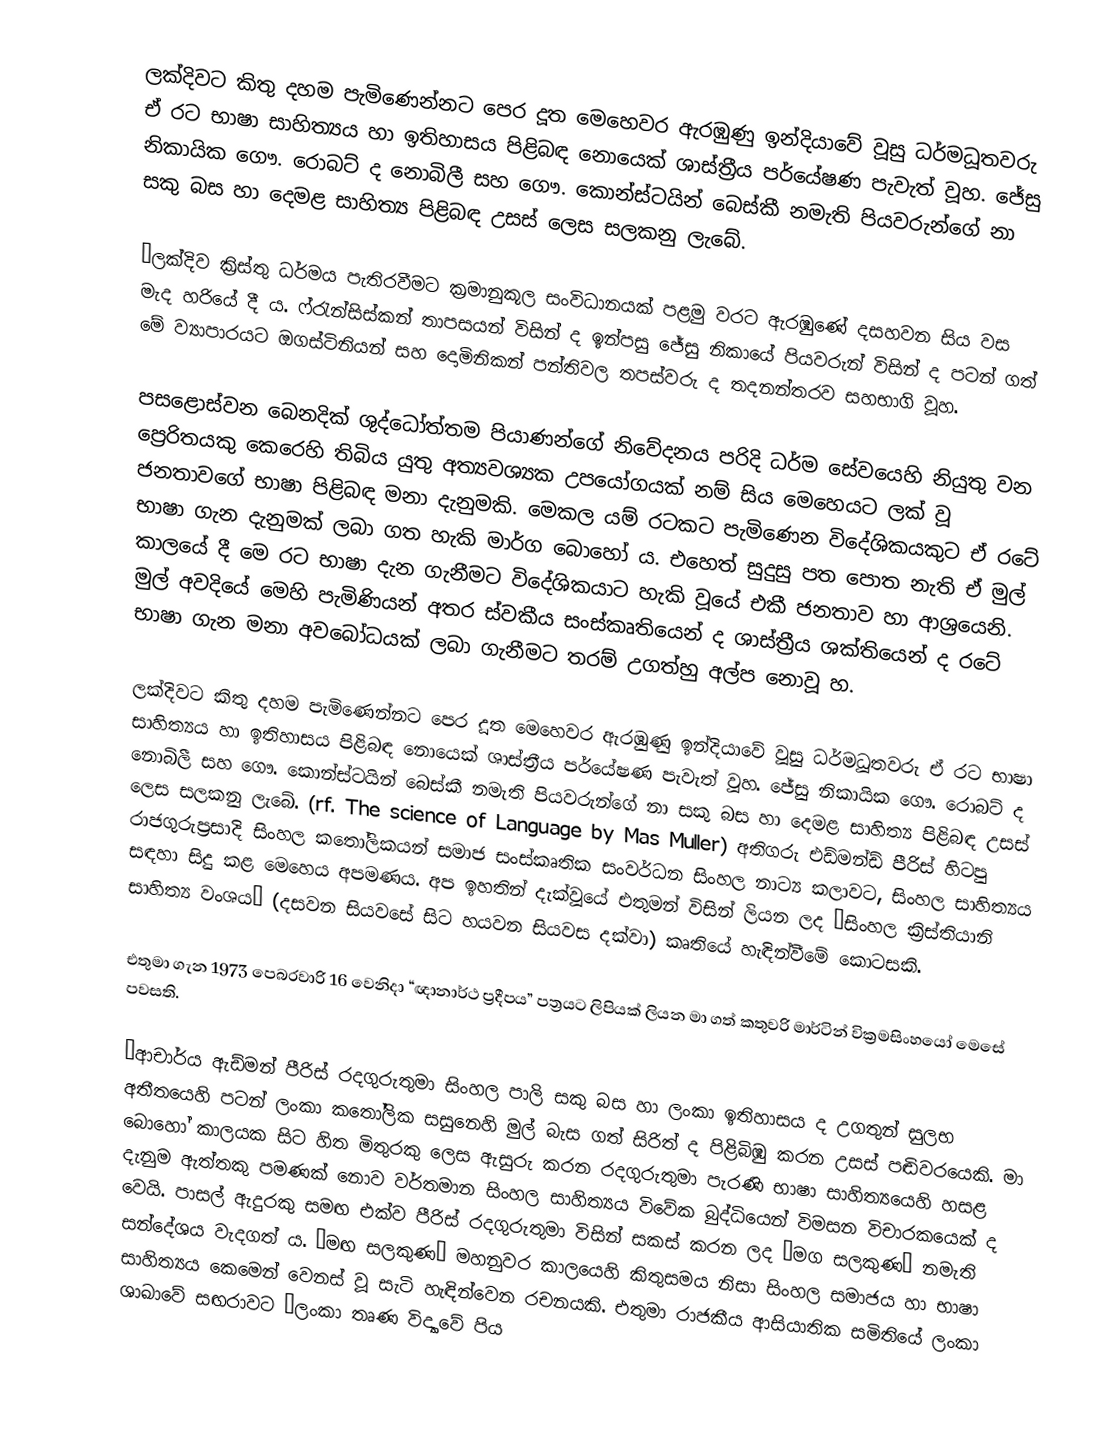
ලක්දිවට කිතු දහම පැමිණෙන්නට පෙර දූත මෙහෙවර ඇරඹුණු ඉන්දියාවේ වූසු ධර්මධූතවරු ඒ රට භාෂා සාහිත්‍යය හා ඉතිහාසය පිළිබඳ නොයෙක් ශාස්ත්‍රීය පර්යේෂණ පැවැත් වූහ. ජේසු නිකායික ගෞ. රොබට් ද නොබිලී සහ ගෞ. කොන්ස්ටයින් බෙස්කී නමැති පියවරුන්ගේ නා සකු බස හා දෙමළ සාහිත්‍ය පිළිබඳ උසස් ලෙස සලකනු ලැබේ.

“ලක්දිව ක්‍රිස්තු ධර්මය පැතිරවීමට ක්‍රමානුකූල සංවිධානයක් පළමු වරට ඇරඹුණේ දසහවන සිය වස මැද හරියේ දී ය. ෆ්රැන්සිස්කන් තාපසයන් විසින් ද ඉන්පසු ජේසු නිකායේ පියවරුන් විසින් ද පටන් ගත් මේ ව්‍යාපාරයට ඔගස්ටිනියන් සහ දොමිනිකන් පන්තිවල තපස්වරු ද තදනන්තරව සහභාගි වූහ.

පසළොස්වන බෙනදික් ශුද්ධෝත්තම පියාණන්ගේ නිවේදනය පරිදි ධර්ම සේවයෙහි නියුතු වන ප්‍රෙරිතයකු කෙරෙහි තිබිය යුතු අත්‍යවශ්‍යක උපයෝගයක් නම් සිය මෙහෙයට ලක් වූ ජනතාවගේ භාෂා පිළිබඳ මනා දැනුමකි. මෙකල යම් රටකට පැමිණෙන විදේශිකයකුට ඒ රටේ භාෂා ගැන දැනුමක් ලබා ගත හැකි මාර්ග බොහෝ ය. එහෙත් සුදුසු පත පොත නැති ඒ මුල් කාලයේ දී මෙ රට භාෂා දැන ගැනීමට විදේශිකයාට හැකි වූයේ එකී ජනතාව හා ආශ්‍රයෙනි. මුල් අවදියේ මෙහි පැමිණියන් අතර ස්වකීය සංස්කෘතියෙන් ද ශාස්ත්‍රීය ශක්තියෙන් ද රටේ භාෂා ගැන මනා අවබෝධයක් ලබා ගැනීමට තරම් උගත්හු අල්ප නොවූ හ.

ලක්දිවට කිතු දහම පැමිණෙන්නට පෙර දූත මෙහෙවර ඇරඹුණු ඉන්දියාවේ වූසු ධර්මධූතවරු ඒ රට භාෂා සාහිත්‍යය හා ඉතිහාසය පිළිබඳ නොයෙක් ශාස්ත්‍රීය පර්යේෂණ පැවැත් වූහ. ජේසු නිකායික ගෞ. රොබට් ද නොබිලී සහ ගෞ. කොන්ස්ටයින් බෙස්කී නමැති පියවරුන්ගේ නා සකු බස හා දෙමළ සාහිත්‍ය පිළිබඳ උසස් ලෙස සලකනු ලැබේ. (rf. The science of Language by Mas Muller) අතිගරු එඩ්මන්ඩ් පීරිස් හිටපු රාජගුරුප්‍රසාදි සිංහල කතෝලිකයන් සමාජ සංස්කෘතික සංවර්ධන සිංහල නාට්‍ය කලාවට, සිංහල සාහිත්‍යය සඳහා සිදු කළ මෙහෙය අපමණය. අප ඉහතින් දැක්වූයේ එතුමන් විසින් ලියන ලද “සිංහල ක්‍රිස්තියානි සාහිත්‍ය වංශය” (දසවන සියවසේ සිට හයවන සියවස දක්වා) කෘතියේ හැඳින්වීමේ කොටසකි.

එතුමා ගැන 1973 පෙබරවාරි 16 වෙනිදා “ඥානාර්ථ ප්‍රදීපය” පත්‍රයට ලිපියක් ලියන මා ගත් කතුවරි මාර්ටින් වික්‍රමසිංහයෝ මෙසේ පවසති.

“ආචාර්ය ඇඩ්මන් පීරිස් රදගුරුතුමා සිංහල පාලි සකු බස හා ලංකා ඉතිහාසය ද උගතුන් සුලභ අතීතයෙහි පටන් ලංකා කතෝලික සසුනෙහි මුල් බැස ගත් සිරිත් ද පිළිබිඹු කරන උසස් පඬිවරයෙකි. මා බොහෝ කාලයක සිට හිත මිතුරකු ලෙස ඇසුරු කරන රදගුරුතුමා පැරණි භාෂා සාහිත්‍යයෙහි හසළ දැනුම ඇත්තකු පමණක් නොව වර්තමාන සිංහල සාහිත්‍යය විවේක බුද්ධියෙන් විමසන විචාරකයෙක් ද වෙයි. පාසල් ඇදුරකු සමඟ එක්ව පීරිස් රදගුරුතුමා විසින් සකස් කරන ලද “මග සලකුණ” නමැති සන‍්දේශය වැදගත් ය. “මඟ සලකුණ” මහනුවර කාලයෙහි කිතුසමය නිසා සිංහල සමාජය හා භාෂා සාහිත්‍යය කෙමෙන් වෙනස් වූ සැටි හැඳින්වෙන රචනයකි. එතුමා රාජකීය ආසියාතික සමිතියේ ලංකා ශාඛාවේ සඟරාවට “ලංකා තෘණ විද්‍යාවේ පිය